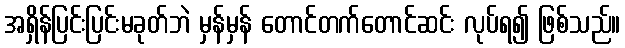
အရှိန်ပြင်းပြင်းမခုတ်ဘဲ မှန်မှန် တောင်တက်တောင်ဆင်း လုပ်ရ၍ ဖြစ်သည်။